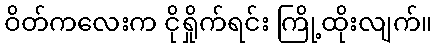
ဝိတ်ကလေးက ငိုရှိုက်ရင်း ကြို့ထိုးလျက်။